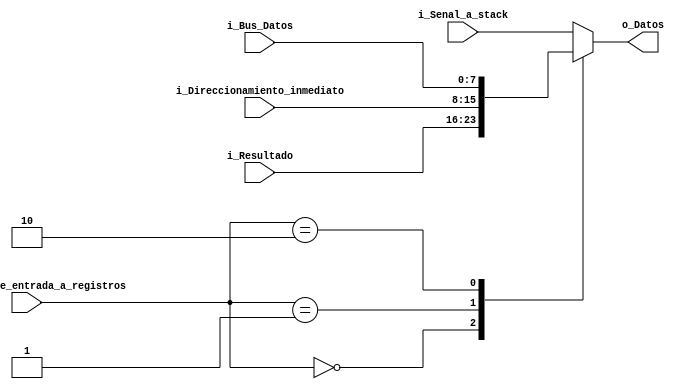
//Este componente permite seleccionar el dato que entrar a los
//registros de datos. Es meramente combinacional.
module MUX
    (   input [1:0] i_Selector_de_entrada_a_registros,
        input [7:0] i_Resultado,
        input [7:0] i_Direccionamiento_inmediato,
        input [7:0] i_Bus_Datos,
        input [7:0] i_Senal_a_stack,
        output [7:0] o_Datos);
	
    // Se declaran los registros y las seales internas
    reg [7:0] Datos;

	//Etapa de implemetacion
    //Se incluyen todas las entradas en la lista de sensitividad,
    always@(*) 
    begin
        //Dependiendo del valor del selector pasara el dato a
        //la salida
        case (i_Selector_de_entrada_a_registros)
            2'b00: Datos <= i_Resultado;
            2'b01: Datos <= i_Direccionamiento_inmediato;
            2'b10: Datos <= i_Bus_Datos;
            default : Datos <= i_Senal_a_stack;
        endcase 
    end 

    assign o_Datos=Datos; //Asignamos el valor del registro Datos a
                          //la salida del multiplexor
    
endmodule